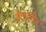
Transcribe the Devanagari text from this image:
वैकसीन